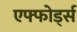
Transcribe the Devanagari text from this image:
एफ्फोर्ड्स